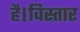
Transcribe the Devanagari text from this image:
है।विस्तार